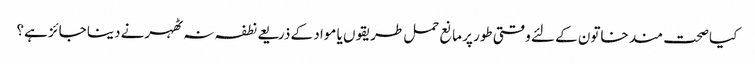
کیا صحت مند خاتون کے لئے وقتی طور پر مانع حمل طریقوں یا مواد کے ذریعے نطفہ نہ ٹھہرنے دینا جائز ہے؟